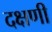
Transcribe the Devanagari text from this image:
दक्षणी